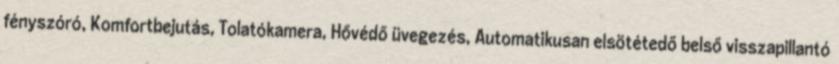
fényszóró, Komfortbejutás, Tolatókamera, Hővédő üvegezés, Automatikusan elsötétedő belső visszapillantó